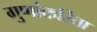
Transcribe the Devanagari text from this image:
गुणांकरिता